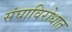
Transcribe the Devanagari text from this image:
संघाविरोधात